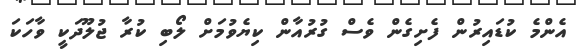
އެންމެ ކުޑައިރުން ފެށިގެން ވެސް ގުރުއާން ކިޔެވުމަށް ލޯބި ކުރާ ޖުލޫދަކީ ވާހަކަ